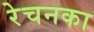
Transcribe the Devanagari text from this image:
रेचनका